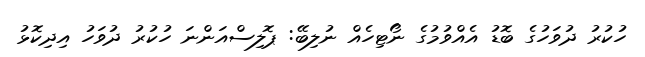
ހުކުރު ދުވަހުގެ ބޮޑު އެއްވުމުގެ ނޯޓިހެއް ނުލިބޭ: ޕޮލިސްއަންނަ ހުކުރު ދުވަހު އިދިކޮޅު